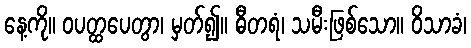
နေ့ကို။ ဝပတ္ထပေတွာ၊ မှတ်၍။ ဓီတရံ၊ သမီးဖြစ်သော။ ဝိသာခံ၊